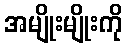
အမျိုးမျိုးကို